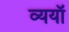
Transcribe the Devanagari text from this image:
व्ययॉ